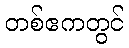
တစ်ဧကတွင်